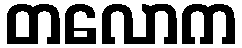
တလောက